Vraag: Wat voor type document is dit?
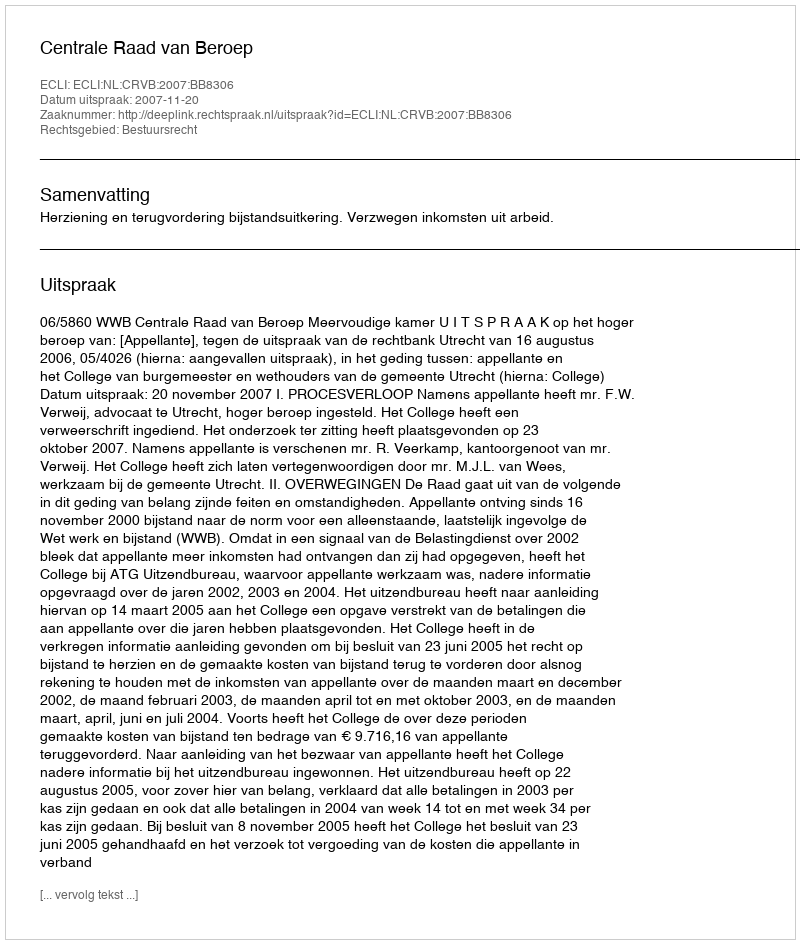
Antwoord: Uitspraak